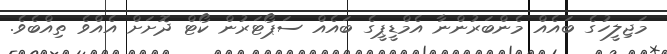
މަޖިލީހުގެ ބައެއް މެންބަރުންނާ އެމްޑީޕީގެ ބައެއް ސަޕޯޓަރުން ކޯޓް ދޮށަށް އެއްވެ ތިއްބެވެ.